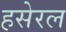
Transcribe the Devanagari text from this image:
हसेरल